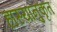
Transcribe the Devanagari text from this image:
हास्यानुकृत